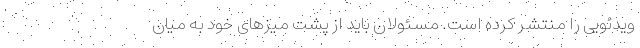
ویدئویی را منتشر کرده است. مسئولان باید از پشت میزهای خود به میان